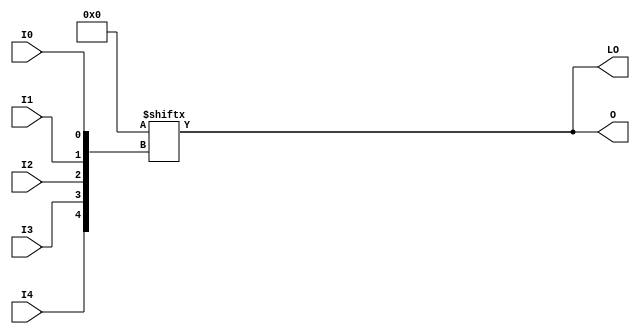
module LUT5_D (LO, O, I0, I1, I2, I3, I4);

  parameter INIT = 32'h00000000;

  input I0, I1, I2, I3, I4;

  output LO, O;

  reg O;
  reg tmp;
  wire LO;

  assign LO = O;

  always @( I4 or I3 or  I2 or  I1 or  I0 )  begin
 
    tmp =  I0 ^ I1  ^ I2 ^ I3 ^ I4;

    if ( tmp == 0 || tmp == 1)

        O = INIT[{I4, I3, I2, I1, I0}];

    else 
    
      O =  lut4_mux4 ( 
                        { lut6_mux8 ( INIT[31:24], {I2, I1, I0}),
                          lut6_mux8 ( INIT[23:16], {I2, I1, I0}),
                          lut6_mux8 ( INIT[15:8], {I2, I1, I0}),
                          lut6_mux8 ( INIT[7:0], {I2, I1, I0}) }, { I4, I3});
  end

  function lut6_mux8;
  input [7:0] d;
  input [2:0] s;
   
  begin

       if ((s[2]^s[1]^s[0] ==1) || (s[2]^s[1]^s[0] ==0))
           
           lut6_mux8 = d[s];

         else
           if ( ~(|d))
                 lut6_mux8 = 1'b0;
           else if ((&d))
                 lut6_mux8 = 1'b1;
           else if (((s[1]^s[0] ==1'b1) || (s[1]^s[0] ==1'b0)) && (d[{1'b0,s[1:0]}]===d[{1'b1,s[1:0]}]))
                 lut6_mux8 = d[{1'b0,s[1:0]}];
           else if (((s[2]^s[0] ==1) || (s[2]^s[0] ==0)) && (d[{s[2],1'b0,s[0]}]===d[{s[2],1'b1,s[0]}]))
                 lut6_mux8 = d[{s[2],1'b0,s[0]}];
           else if (((s[2]^s[1] ==1) || (s[2]^s[1] ==0)) && (d[{s[2],s[1],1'b0}]===d[{s[2],s[1],1'b1}]))
                 lut6_mux8 = d[{s[2],s[1],1'b0}];
           else if (((s[0] ==1) || (s[0] ==0)) && (d[{1'b0,1'b0,s[0]}]===d[{1'b0,1'b1,s[0]}]) &&
              (d[{1'b0,1'b0,s[0]}]===d[{1'b1,1'b0,s[0]}]) && (d[{1'b0,1'b0,s[0]}]===d[{1'b1,1'b1,s[0]}]))
                 lut6_mux8 = d[{1'b0,1'b0,s[0]}];
           else if (((s[1] ==1) || (s[1] ==0)) && (d[{1'b0,s[1],1'b0}]===d[{1'b0,s[1],1'b1}]) &&
              (d[{1'b0,s[1],1'b0}]===d[{1'b1,s[1],1'b0}]) && (d[{1'b0,s[1],1'b0}]===d[{1'b1,s[1],1'b1}]))
                 lut6_mux8 = d[{1'b0,s[1],1'b0}];
           else if (((s[2] ==1) || (s[2] ==0)) && (d[{s[2],1'b0,1'b0}]===d[{s[2],1'b0,1'b1}]) &&
              (d[{s[2],1'b0,1'b0}]===d[{s[2],1'b1,1'b0}]) && (d[{s[2],1'b0,1'b0}]===d[{s[2],1'b1,1'b1}]))
                 lut6_mux8 = d[{s[2],1'b0,1'b0}];
           else
                 lut6_mux8 = 1'bx;
   end
  endfunction


  function lut4_mux4;
  input [3:0] d;
  input [1:0] s;
   
  begin

       if ((s[1]^s[0] ==1) || (s[1]^s[0] ==0))

           lut4_mux4 = d[s];

         else if ((d[0] === d[1]) && (d[2] === d[3])  && (d[0] === d[2]) )
           lut4_mux4 = d[0];
         else if ((s[1] == 0) && (d[0] === d[1]))
           lut4_mux4 = d[0];
         else if ((s[1] == 1) && (d[2] === d[3]))
           lut4_mux4 = d[2];
         else if ((s[0] == 0) && (d[0] === d[2]))
           lut4_mux4 = d[0];
         else if ((s[0] == 1) && (d[1] === d[3]))
           lut4_mux4 = d[1];
         else
           lut4_mux4 = 1'bx;

   end
  endfunction

endmodule